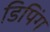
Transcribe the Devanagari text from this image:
डिपिंग